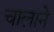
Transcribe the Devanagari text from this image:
चालाने